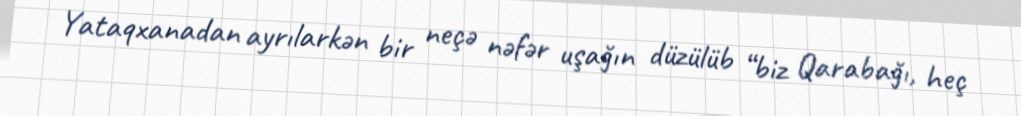
Yataqxanadan ayrılarkən bir neçə nəfər uşağın düzülüb “biz Qarabağı, heç